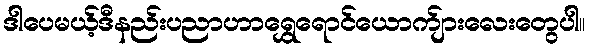
ဒါပေမယ့်ဒီနည်းပညာဟာရွှေရောင်ယောက်ျားလေးတွေပါ။